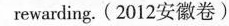
rewarding.(2012安徽卷)